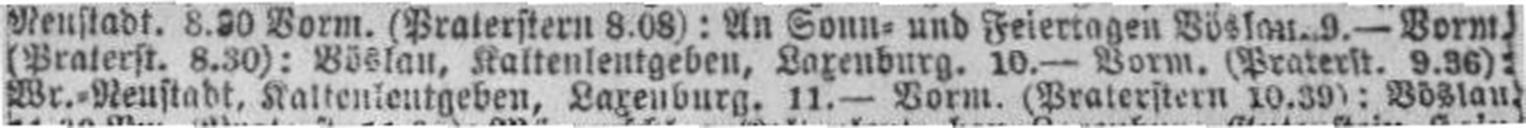
Wr.=Neustadt, Kaltenleutgeben, Laxenburg. 11.— Vorm. (Praterstern 10.39): Böslau.